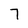
Character: 7